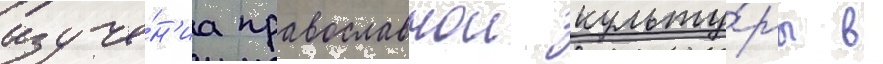
изуче́н'иа православнои культу́ры в